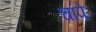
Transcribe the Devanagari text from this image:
चांपे